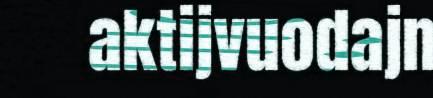
aktijvuodajn